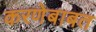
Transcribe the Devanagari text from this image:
करणेबाबत